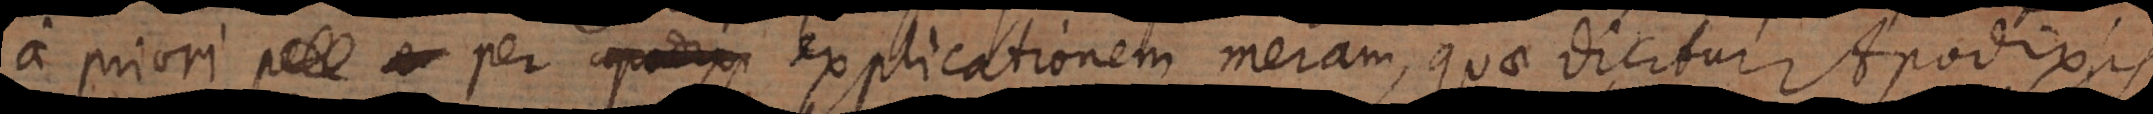
a priori per explicationem meram, quae dicitur Apodixis